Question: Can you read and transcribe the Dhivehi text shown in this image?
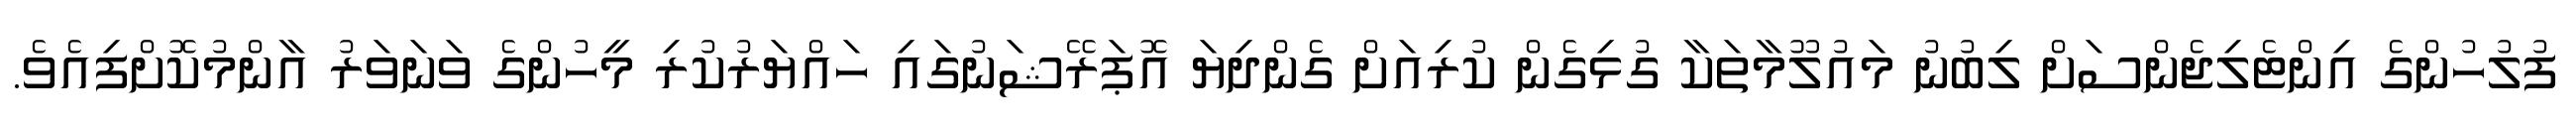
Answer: ފުލުހުންގެ އިންޓެލިޖެންސަށް ލިބުނު މައުލޫމާތަކާ ގުޅިގެން ކުރިއަށް ގެންދިޔަ އޮޕަރޭޝަނުގައި ހައްޔަރުކުރި މީހުންގެ ވަނަވަރު އާންމުކޮށްފިއެވެ.